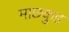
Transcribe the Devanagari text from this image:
माछकुड